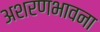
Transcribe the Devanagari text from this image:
अशरणभावना